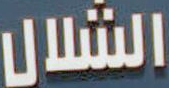
الشلال